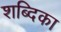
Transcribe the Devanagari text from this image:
शब्दिका